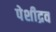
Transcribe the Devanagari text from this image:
पेशीद्रव